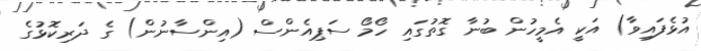
އުޅެފައިވާ) އަކީ އެމީހުން ބުނާ ގޮތުގައި ހޯމޯ ސަޕިއެންސް (އިންސާނުން) ގެ ދަރިކޮޅުގެ